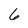
Character: 6